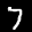
Label: 7